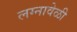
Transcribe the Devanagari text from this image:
लग्नावेळी